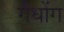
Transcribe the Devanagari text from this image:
गैधोंग